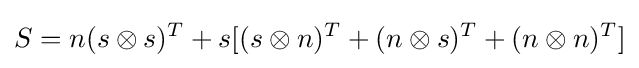
S=n(s\otimes s)^{T}+s[(s\otimes n)^{T}+(n\otimes s)^{T}+(n\otimes n)^{T}]